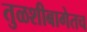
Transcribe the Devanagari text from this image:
तुळशीबागेतच